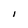
Character: I